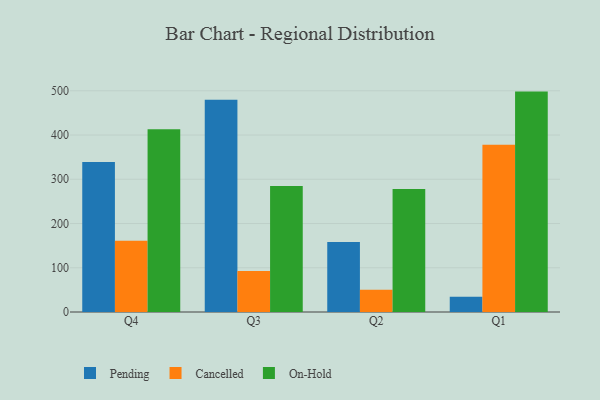
{"axis": {"x": "Quarter", "y": "Bounce Rate (%)"}, "legend": ["Cancelled", "On-Hold", "Pending"], "data": [{"x": "Q4", "y": 339.3, "type": "Pending"}, {"x": "Q4", "y": 161.0, "type": "Cancelled"}, {"x": "Q4", "y": 413.1, "type": "On-Hold"}, {"x": "Q3", "y": 479.6, "type": "Pending"}, {"x": "Q3", "y": 92.9, "type": "Cancelled"}, {"x": "Q3", "y": 284.9, "type": "On-Hold"}, {"x": "Q2", "y": 158.4, "type": "Pending"}, {"x": "Q2", "y": 50.3, "type": "Cancelled"}, {"x": "Q2", "y": 277.8, "type": "On-Hold"}, {"x": "Q1", "y": 34.6, "type": "Pending"}, {"x": "Q1", "y": 378.0, "type": "Cancelled"}, {"x": "Q1", "y": 498.2, "type": "On-Hold"}]}